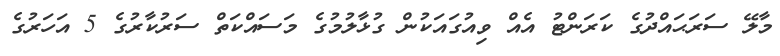
މާލޭ ސަރަޙައްދުގެ ކަރަންޓު އެއް ވިއުގައަކުން ގުޅާލުމުގެ މަސައްކަތް ސަރުކާރުގެ 5 އަހަރުގެ